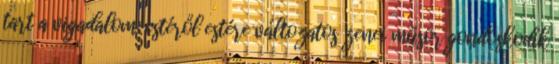
tart a vigadalom: estéről estére változatos zenei műsor gondoskodik